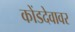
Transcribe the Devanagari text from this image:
कोंडदेवावर